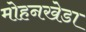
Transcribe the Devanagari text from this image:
मोहनखेडा